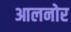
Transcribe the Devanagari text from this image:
आलनोर